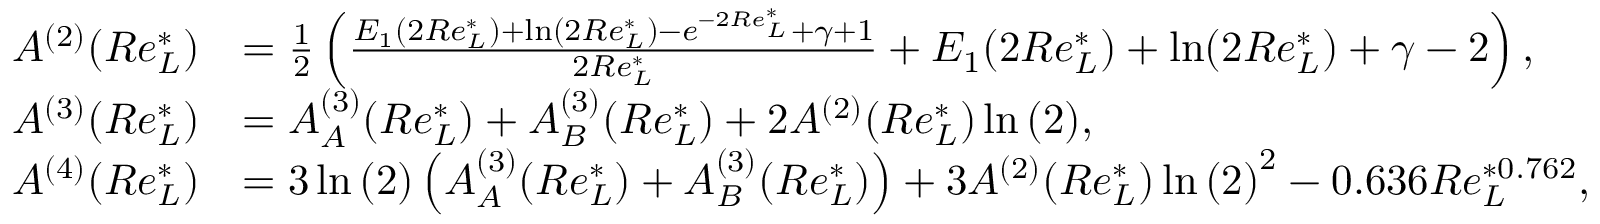
\begin{array} { r l } { A ^ { ( 2 ) } ( R e _ { L } ^ { * } ) } & { = \frac { 1 } { 2 } \left( \frac { E _ { 1 } ( 2 R e _ { L } ^ { * } ) + \ln ( 2 R e _ { L } ^ { * } ) - e ^ { - 2 R e _ { L } ^ { * } } + \gamma + 1 } { 2 R e _ { L } ^ { * } } + E _ { 1 } ( 2 R e _ { L } ^ { * } ) + \ln ( 2 R e _ { L } ^ { * } ) + \gamma - 2 \right) , } \\ { A ^ { ( 3 ) } ( R e _ { L } ^ { * } ) } & { = A _ { A } ^ { ( 3 ) } ( R e _ { L } ^ { * } ) + A _ { B } ^ { ( 3 ) } ( R e _ { L } ^ { * } ) + 2 A ^ { ( 2 ) } ( R e _ { L } ^ { * } ) \ln { ( 2 ) } , } \\ { A ^ { ( 4 ) } ( R e _ { L } ^ { * } ) } & { = 3 \ln { ( 2 ) } \left( A _ { A } ^ { ( 3 ) } ( R e _ { L } ^ { * } ) + A _ { B } ^ { ( 3 ) } ( R e _ { L } ^ { * } ) \right) + 3 A ^ { ( 2 ) } ( R e _ { L } ^ { * } ) \ln { ( 2 ) } ^ { 2 } - 0 . 6 3 6 R e _ { L } ^ { * 0 . 7 6 2 } , } \end{array}